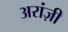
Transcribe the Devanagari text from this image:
अरांज़ी